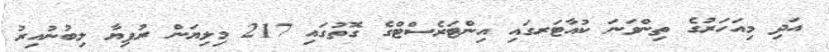
އަދި މިއަހަރުގެ ތިންވަނަ ކުއާޓަރގައި އިންޓަރެސްޓްގެ ގޮތުގައި 217 މިލިޔަން ރުފިޔާ ލިބުނުއިރު